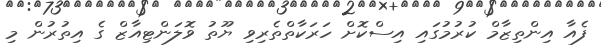
ފެއާ އިންތިޒާމް ކުރުމުގައި އިސްކޮށް ހަރަކާތްތެރިވި ޔޫތު ވޮލަންޓިއާޒް ގެ އިތުރުން މި